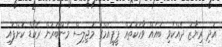
އަދި ރިޔާޒު ދެއްކެވި ބައެއް ވާހަކަތައް ޕީޕީއެމްގެ މަޖިލިސް މެންބަރުން ރެކޯޑް ކޮށްފައި